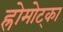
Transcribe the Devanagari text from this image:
ह्रोमोट्का